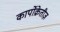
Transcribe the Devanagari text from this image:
कार्पोक्रेतीज़